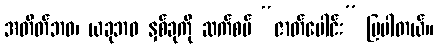
အတိတ်ဘဝ၊ ယခုဘဝ နှစ်ခုကို ဆက်စပ် “ဇာတ်ပေါင်း” ပြပါတယ်။